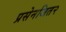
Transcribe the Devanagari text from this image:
प्रसेनजित२